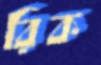
রিক